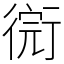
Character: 𢕋